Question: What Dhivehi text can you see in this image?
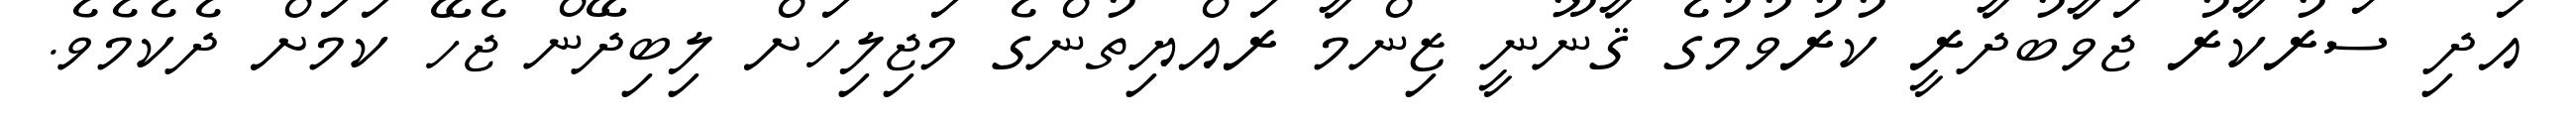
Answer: އަދި ސަރުކާރު ޖަވާބުދާރީ ކުރުވުމުގެ ޤާނޫނީ ޒިންމާ ރައްޔިތުންގެ މަޖިލިހަށް ލިބިދޭން ޖެހޭ ކަމަށް ދެކެމެވެ.